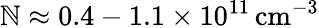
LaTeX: \mathbb{N}\approx\mathrm{{0.4-1.1\times10^{11}\, cm^{-3}}}